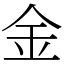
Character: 金